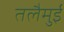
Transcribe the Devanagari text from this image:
तलैमुई